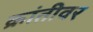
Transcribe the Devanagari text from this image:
क्रांतीवर